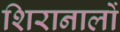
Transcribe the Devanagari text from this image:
शिरानालों